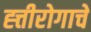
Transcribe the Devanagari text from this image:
ह्त्तीरोगाचे